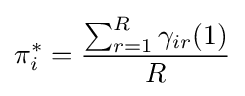
\pi _{i}^{*}={\frac {\sum _{r=1}^{R}\gamma _{ir}(1)}{R}}